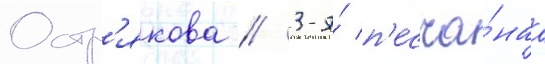
Остр'якова // 3-я́ п'есча́наа